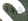
بهذا